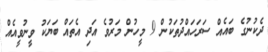
ދެކުނުގެ ބައެއް ސަރަހައްދުތަކުން 9 މީހުން މަރުވެ އަދި އެތައް ބަޔަކު ވީނުވީއެއް